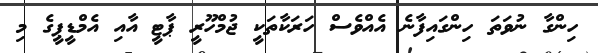
ހިންގާ ނުވަތަ ހިންގައިފާނެ އެއްވެސް ހަރަކާތަކީ ޖުމްހޫރީ ޕާޓީ އާއި އެމްޑީޕީގެ މި